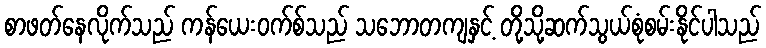
စာဖတ်နေလိုက်သည် ကန်ယေးဝက်စ်သည် သဘောတကျနှင့် တို့သို့ဆက်သွယ်စုံစမ်းနိုင်ပါသည်